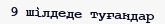
9 шілдеде туғандар